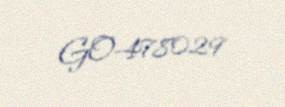
GO-478029